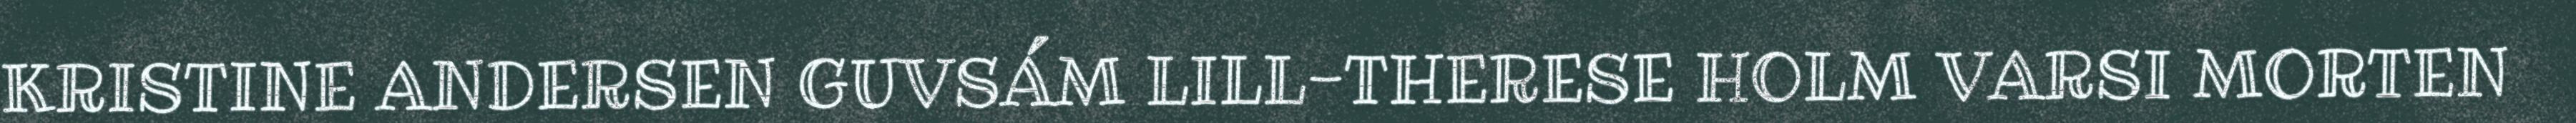
KRISTINE ANDERSEN GUVSÁM LILL-THERESE HOLM VARSI MORTEN